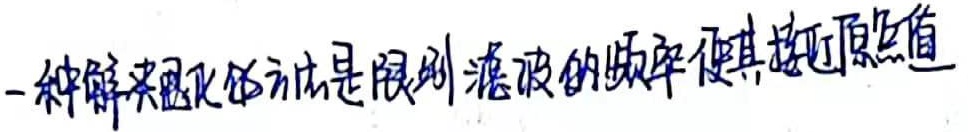
一种解决问题的方法是限制滤波的频率使其接近原始值